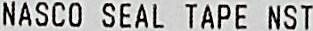
NASCO SEAL TAPE NST